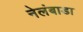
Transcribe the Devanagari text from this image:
नेलंबाडा